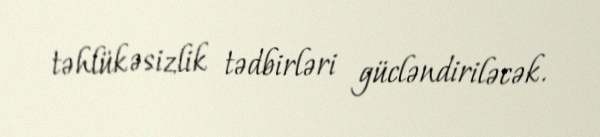
təhlükəsizlik tədbirləri gücləndiriləcək.